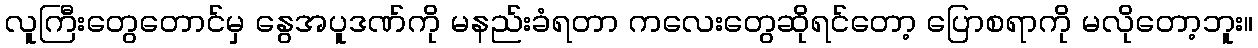
လူကြီးတွေတောင်မှ နွေအပူဒဏ်ကို မနည်းခံရတာ ကလေးတွေဆိုရင်တော့ ပြောစရာကို မလိုတော့ဘူး။